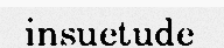
insuetude